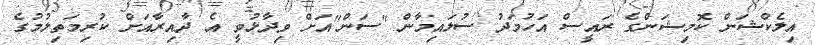
އިލެކްޝަން ކޮމިޝަންގެ ރައީސް އަހުމަދު ސުލައިމާން "ސަން"އަށް ވިދާޅުވީ އެ ދާއިރާއަށް ކުރިމަތިލުމުގެ